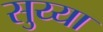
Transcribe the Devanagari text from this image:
सुय्या